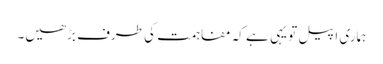
ہماری اپیل تو یہی ہے کہ مفاہمت کی طرف بڑھیں۔